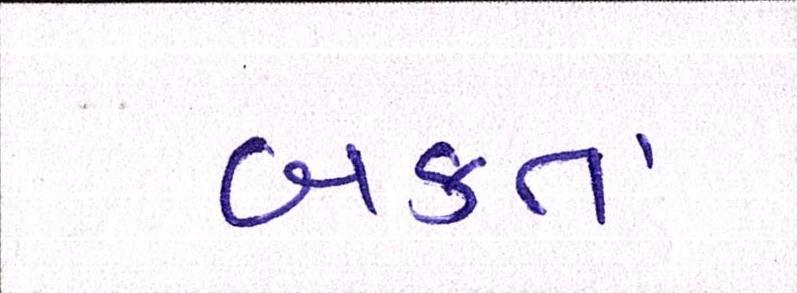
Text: બક્તા